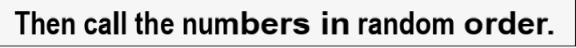
Then call the numbers in random order.